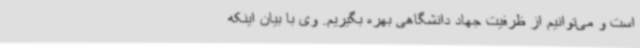
است و می‌توانیم از ظرفیت جهاد دانشگاهی بهره بگیریم. وی با بیان اینکه